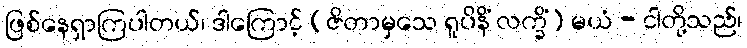
ဖြစ်နေရှာကြပါတယ်၊ ဒါကြောင့် (ဇိတာမှသေ ရူပိနိံ လက္ခိံ) မယံ - ငါတို့သည်၊